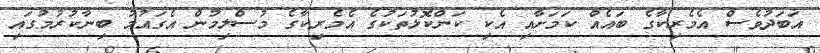
އަބަދުވެސް އެމެރިކާގެ ބައެއް ކަމަށާއި އެކި ކަންކޮޅުތަކުގެ އެމެރިކާގެ މުސްލިމުން އެގައުމު ބިނާކުރުމުގައި